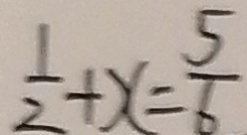
\frac { 1 } { 2 } + x = \frac { 5 } { 6 }